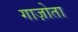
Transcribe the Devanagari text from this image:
गाज़ोता